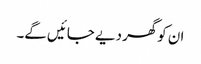
ان کوگھر دیے جائیں گے۔